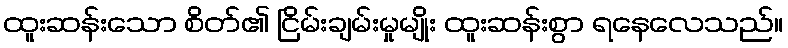
ထူးဆန်းသော စိတ်၏ ငြိမ်းချမ်းမှုမျိုး ထူးဆန်းစွာ ရနေလေသည်။